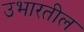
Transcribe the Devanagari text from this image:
उभारतील